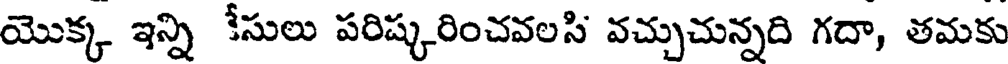
యొక్క ఇన్ని కేసులు పరిష్కరించవలసి వచ్చుచున్నది గదా, తమకు